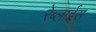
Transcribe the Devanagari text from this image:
रेब्लाईस